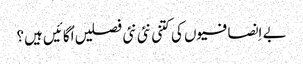
بے اِنصافیوں کی کتنی نئی نئی فصلیں اُگائیں ہیں؟